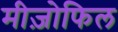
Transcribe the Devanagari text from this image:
मीज़ोफिल